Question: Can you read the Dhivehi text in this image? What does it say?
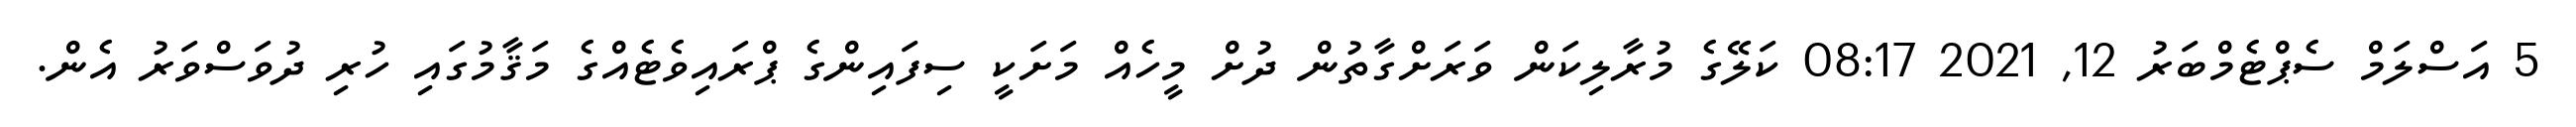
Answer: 5 އަސްލަމް ސެޕްޓެމްބަރު 12, 2021 08:17 ކަލޭގެ މުރާލިކަން ވަރަށްގާތުން ދުށް މީހެއް މަށަކީ ސިފައިންގެ ޕްރައިވެޓެއްގެ މަޤާމުގައި ހުރި ދުވަސްވަރު އެން.